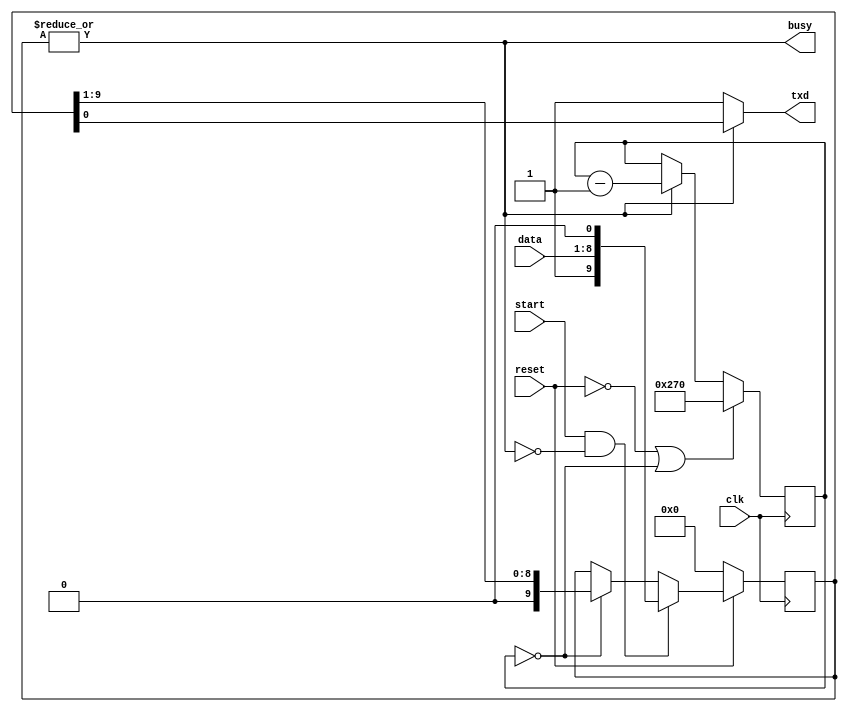
module uart_tx #(
	parameter F_OSC = 12_000_000,
	parameter BAUD_RATE = 19200
)(
	input wire clk,
	input wire reset,

	// Control 
	input wire start,
	input wire [7:0] data,
	output wire busy,

	// Serial line
	output wire txd
);

	localparam TX_COUNT = F_OSC / BAUD_RATE;

	reg [$clog2(TX_COUNT)-1:0] sample_cnt;
	wire sample_tx = (sample_cnt == 0);

	reg [9:0] shift_reg;


	// Shift register
	always @(posedge clk) begin
		if (!reset)
			shift_reg <= 10'b0;
		else if (start & !busy)
			shift_reg <= { 1'b1, data, 1'b0 };
		else if (sample_tx) 
			shift_reg <= { 1'b0, shift_reg[9:1] };
	end

	// Counter to generate samples at baud rate
	always @(posedge clk) begin
		if (!reset || sample_cnt == 0) begin
			sample_cnt <= TX_COUNT-1;
		end
		else if (busy) begin
			sample_cnt <= sample_cnt - 1'b1;
		end
	end
	
	// As long as there is 
	// stop bit (1'b1) in shift_reg, uart is busy
	assign busy = |shift_reg;
	assign txd = busy ? shift_reg[0] : 1'b1;

endmodule